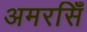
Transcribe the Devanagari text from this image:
अमरसिँ